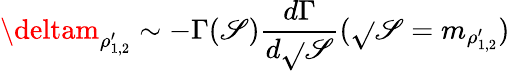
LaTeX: \deltam_{\rho_{1,2}^{\prime}}\sim-\Gamma(\mathscr{S}){\frac{{d\Gamma}}{{d\sqrt{}{{\mathscr{S}}}}}}(\sqrt{}{{\mathscr{S}}}=m_{\rho_{1,2}^{\prime}})